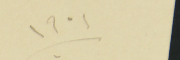
١٩٠١